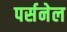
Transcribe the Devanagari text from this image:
पर्सनेल